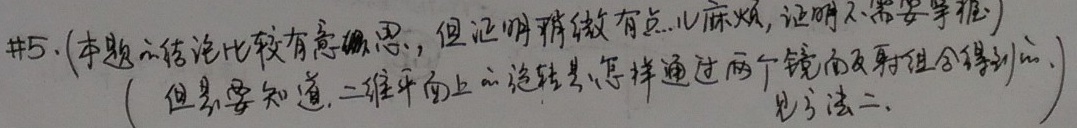
\#5. (本题的结论比较有意思，但证明稍微有点儿麻烦，证明不需要掌握)
( 但是要知道，二维平面上的旋转是怎样通过两个镜面反射组合得到的. 见方法二. )